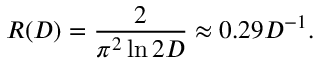
R ( D ) = { \frac { 2 } { \pi ^ { 2 } \ln 2 D } } \approx 0 . 2 9 D ^ { - 1 } .